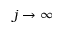
j \rightarrow \infty